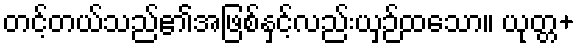
တင့်တယ်သည်၏အဖြစ်နှင့်လည်းယှဉ်ထသော။ ယုတ္တ+